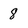
Character: 8